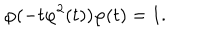
\varphi ( - t \varphi ^ { 2 } ( t ) ) \varphi ( t ) = 1 .